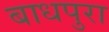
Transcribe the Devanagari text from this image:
बाधपुरा